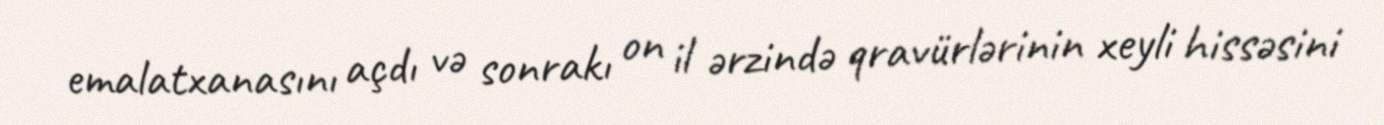
emalatxanasını açdı və sonrakı on il ərzində qravürlərinin xeyli hissəsini